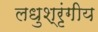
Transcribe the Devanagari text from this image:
लधुश्रृंगीय